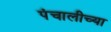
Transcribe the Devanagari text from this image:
पंचालीच्या